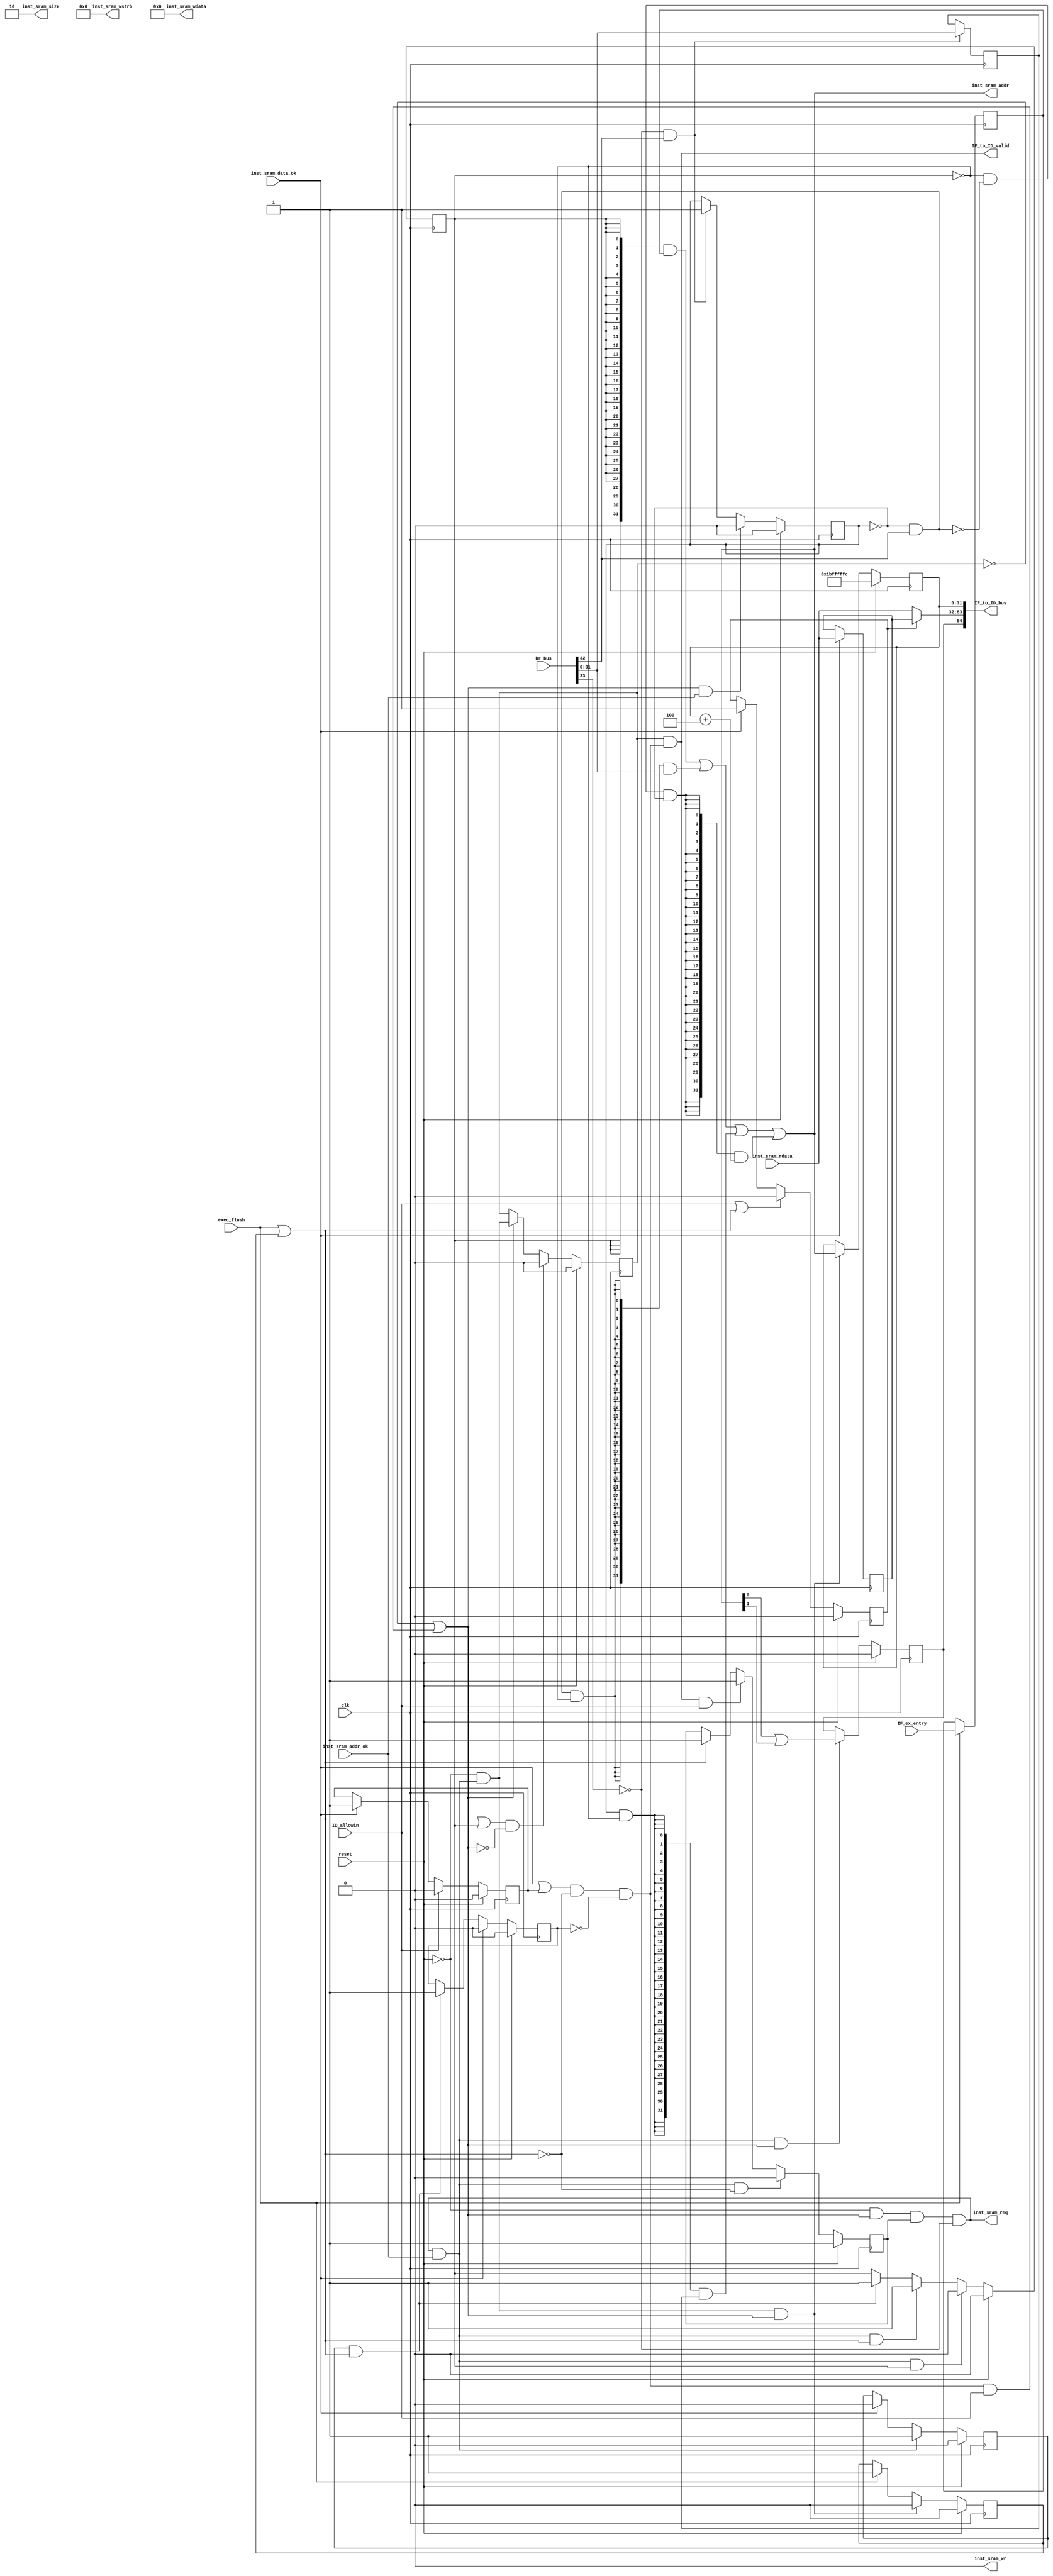
module IF_stage(
    input         clk,
    input         reset,
    input         ID_allowin,
    input  [33:0] br_bus,
    output        IF_to_ID_valid,
    output [64:0] IF_to_ID_bus,
    input         exec_flush,
    input  [31:0] IF_ex_entry,
    output        inst_sram_req,
    output        inst_sram_wr,
    output [ 1:0] inst_sram_size,
    output [ 3:0] inst_sram_wstrb,
    output [31:0] inst_sram_addr,
    output [31:0] inst_sram_wdata,
    input         inst_sram_addr_ok,
    input         inst_sram_data_ok,
    input  [31:0] inst_sram_rdata
);

wire br_stall;    
reg br_taken_r;    
wire p_IF_ex_adef;
wire p_IF_to_IF_valid;
wire p_IF_ready_go;
reg p_IF_req_en;
wire IF_inst_cancel;
reg p_IF_addr_ok_r;
wire p_IF_addr_ok;
reg exec_flush_r_valid;
reg [31:0] exec_entry_r;
reg IF_data_ok_r;
wire IF_data_ok;
reg [31:0] IF_inst_buf;
reg IF_inst_buf_valid;
reg [31:0] br_target_r;
wire IF_allowin;
reg IF_throw;
reg IF_valid;
wire IF_ready_go;
reg [31:0] IF_pc;
wire [31:0] nextpc;
wire [31:0] seq_pc;
wire [31:0] IF_inst;
wire IF_ex_adef;
reg IF_ex_adef_r;
reg p_IF_entry_req_r;

assign IF_ex_adef = IF_ex_adef_r;
assign p_IF_ex_adef = nextpc[0] | nextpc[1];

always @(posedge clk) begin
    if(reset)
        IF_ex_adef_r <= 1'b0;
    else if(inst_sram_req & p_IF_addr_ok & IF_allowin)
        IF_ex_adef_r <= p_IF_ex_adef;
end

assign IF_to_ID_bus[64:0] = {
    IF_ex_adef,         //64
    IF_inst[31:0],      //63:32
    IF_pc[31:0]         //31:0
};
    
assign inst_sram_wr = 1'b0;
assign inst_sram_wstrb[3:0] = {4{1'b0}};
assign inst_sram_wdata[31:0] = 32'b0;
assign inst_sram_size[1:0] = {1'b1, 1'b0};
assign inst_sram_req = ~reset & IF_allowin & p_IF_req_en & ~br_stall;
assign inst_sram_addr = nextpc;

assign br_stall = br_bus[33];

assign p_IF_ready_go = p_IF_addr_ok & inst_sram_req;
assign p_IF_to_IF_valid  = ~reset & p_IF_ready_go;
assign p_IF_addr_ok = inst_sram_addr_ok;

assign IF_ready_go = (IF_data_ok | IF_data_ok_r) & ~IF_inst_cancel & ~IF_throw;
assign IF_allowin = !IF_valid | IF_ready_go & ID_allowin;
assign IF_to_ID_valid = IF_valid & IF_ready_go;
assign IF_data_ok = inst_sram_data_ok;
assign IF_inst = IF_inst_buf_valid ? IF_inst_buf : inst_sram_rdata;

assign IF_inst_cancel = exec_flush | exec_flush_r_valid;  
assign nextpc[31:0] = {32{p_IF_entry_req_r}} & exec_entry_r[31:0]
                        | {32{~br_taken_r & br_bus[32] & ~p_IF_entry_req_r}} & br_bus[31:0]
                        | {32{br_taken_r & ~p_IF_entry_req_r}} & br_target_r[31:0]
                        | {32{~p_IF_entry_req_r & ~(~br_taken_r & br_bus[32]) & ~br_taken_r}} & seq_pc;
assign seq_pc = IF_pc + 32'h4;

always @(posedge clk) begin
    if(reset)
        p_IF_req_en <= 1'b1;
    //else if(inst_sram_req & p_IF_addr_ok)
    else if(inst_sram_req & p_IF_addr_ok & ~IF_inst_cancel)
        p_IF_req_en <= 1'b0;
    else if(IF_to_ID_valid & ID_allowin)
        p_IF_req_en <= 1'b1;
    else if(IF_inst_cancel)
        p_IF_req_en <= 1'b1;
end

always @(posedge clk)begin
    if(reset)
        p_IF_entry_req_r <= 1'b0;
    else if(inst_sram_req & p_IF_addr_ok & p_IF_entry_req_r)
        p_IF_entry_req_r <= 1'b0;
    else if(inst_sram_req & p_IF_addr_ok & IF_inst_cancel)
        p_IF_entry_req_r <= 1'b1;
    else if(p_IF_addr_ok_r & IF_inst_cancel)
        p_IF_entry_req_r <= 1'b1;
end

always @(posedge clk) begin
    if(reset)
        p_IF_addr_ok_r <= 1'b0;
    else if(inst_sram_req & p_IF_addr_ok)
        p_IF_addr_ok_r <= 1'b1;
    else if(IF_data_ok)
        p_IF_addr_ok_r <= 1'b0;
end

always @(posedge clk) begin
    if(reset)
        br_taken_r <= 1'b0;
    else if(IF_allowin & p_IF_addr_ok)
        br_taken_r <= 1'b0;
    else if(~br_stall & br_bus[32])
        br_taken_r <= 1'b1;
end
always @(posedge clk) begin
    if(~br_stall & br_bus[32])
        br_target_r <= br_bus[31:0];
end

always @(posedge clk) begin
    if(reset)
        exec_flush_r_valid <= 1'b0;
    else if(p_IF_to_IF_valid & IF_allowin)
        exec_flush_r_valid <= 1'b0;
    else if(exec_flush)
        exec_flush_r_valid <= 1'b1;
end
always @(posedge clk) begin
    if(exec_flush)
        exec_entry_r <= IF_ex_entry;
end

always @(posedge clk) begin
    if(reset) begin
        IF_pc <= 32'h1bfffffc;
    end
    else if(IF_allowin & p_IF_to_IF_valid)begin
        IF_pc <= nextpc;
    end
end
always @(posedge clk) begin
    if(reset) begin
        IF_valid <= 1'b0;
    end
    //else if(exec_flush & !IF_allowin) begin
    else if((IF_inst_cancel | p_IF_entry_req_r) & !IF_allowin) begin
        IF_valid <= 1'b0;
    end
    else if(IF_allowin)begin
        IF_valid <= p_IF_to_IF_valid;
    end
end

always @(posedge clk) begin
    if(reset)
        IF_data_ok_r <= 1'b0;
    else if(ID_allowin)
        IF_data_ok_r <= 1'b0;
    else if(IF_data_ok)
        IF_data_ok_r <= 1'b1;
end

always @(posedge clk) begin
    if(reset)
        IF_inst_buf_valid <= 1'b0;
    else if(ID_allowin | IF_inst_cancel)
        IF_inst_buf_valid <= 1'b0;
    else if(IF_data_ok)
        IF_inst_buf_valid <= 1'b1;
end
always @(posedge clk) begin
    if(IF_data_ok)
        IF_inst_buf <= inst_sram_rdata;
end

always @(posedge clk) begin
    if(reset)
        IF_throw <= 1'b0;
    else if(IF_data_ok)
        IF_throw <= 1'b0;
    else if(IF_inst_cancel & p_IF_addr_ok_r)
        IF_throw <= 1'b1;
end
        
endmodule